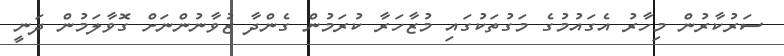
ސަރުކާރުން މިހާރު އެގައުމުގެ މަގުތަކުގައި މުޒާހަރާ ކުރަމުން ގެންދާ ޒުވާނުންނަށް ގޮވާލަމުން ދަނީ